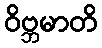
ဝိဗ္ဘမာတိ